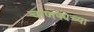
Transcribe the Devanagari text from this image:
चाणक्यच्या